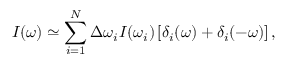
I ( \omega ) \simeq \sum _ { i = 1 } ^ { N } \Delta \omega _ { i } I ( \omega _ { i } ) \left[ \delta _ { i } ( \omega ) + \delta _ { i } ( - \omega ) \right] ,